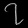
Digit: ၇